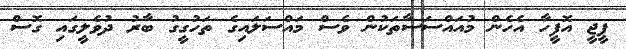
ޕީޖީ އޮފީހާ އެހެން މުއައްސަސާތަކުން ވެސް މައްސަލައިގެ ތަހުގީގު ބާރު ދުވެލީގައި ގޮސް